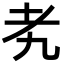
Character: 𬚉